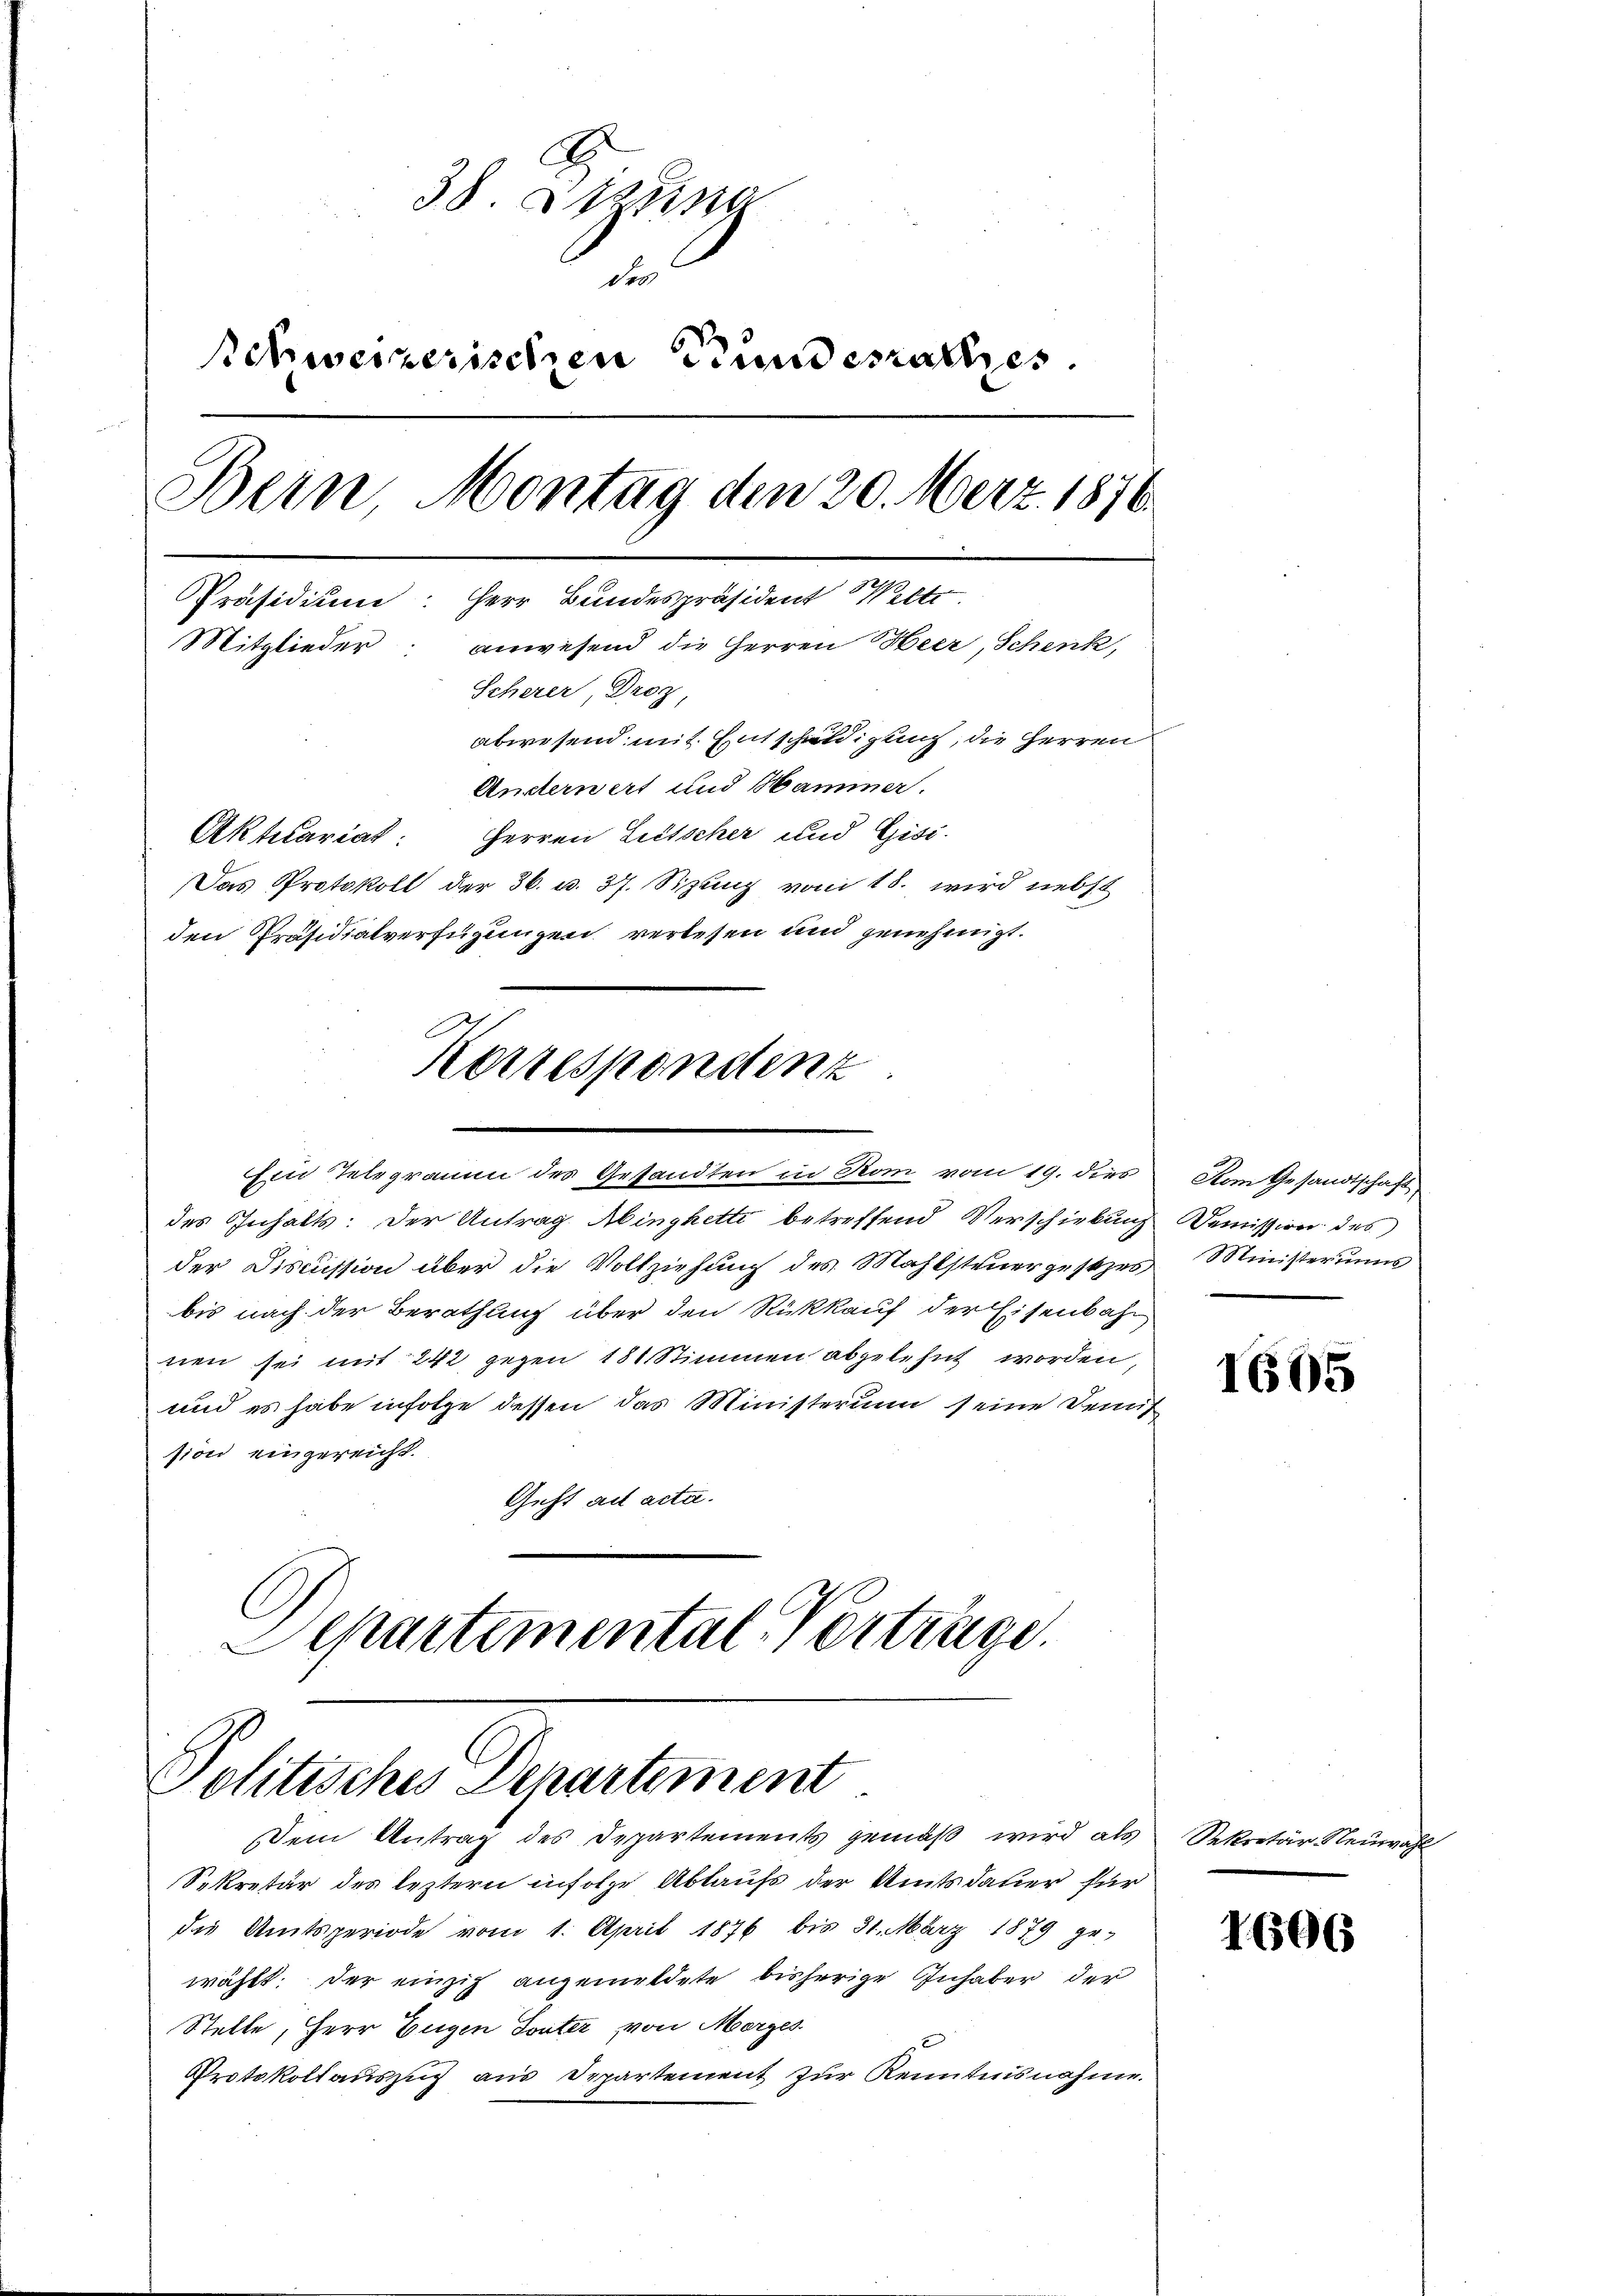
38. Marina
des
schweizerischen Bundesrathes.
Bern Montag den 20. Merz 1876
Präsidium: Herr Bundespräsident et
Mitglieder anwesend die Herren Heer, Schenk,
Scherer Droz,
abwesend mit Entschuldigung, die Herren
Austerwert und Hammer.
Herren Litscher und Gisi-
Aktuariat:
Das Protokoll der 36. u. 37. Sizung vom 18. wird nebst
den Präsidialverfügungen verlesen und genehmigt.

Ein Telegramm des Gesandten in Rom vom 19. dies

Korrespondenz

des Inhalts: Der Antrag Abingketti betreffend Verschirkung
der Discussion über die Vollziehung des Mahlsteuergesezes
bis nach der Berathung über den Rückkauf der Eisenbahn
nen sei mit 242 gegen 18 Stimmen abgelehnt worden,
und es habe infolge dessen das Ministerium seine Demis
sion eingereicht.
Geht ad acta.
Departemental Vertrage

Politisches Departement
Dem Antrag des Departements gemäß wird als

Sekretär des leztern infolge Ablaufs der Amtsdauer für
die Amtsperiode vom 1. April 1876 bis 31. März 1879 ge-
wählt; der einzig angemeldete bisherige Inhaber der
Stelle, Herr Eugen Touter von Morges
Protokollauszug aus Departement zur Kenntnisnahme.

Vom Gesandtschaft
Demission des
Ministeriums

1605

Sekretär Neuwahl

1606